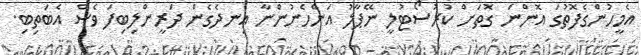
އެމީހުންގެފޮތުގަ އޮންނަ ގޮތަށް ކުރުސޯޓުލީ ނޭޕާލު އަންހެނުންނާ އިނދެގެން ދަރީންލިބިފަ ވެސް އެބަތިބި.